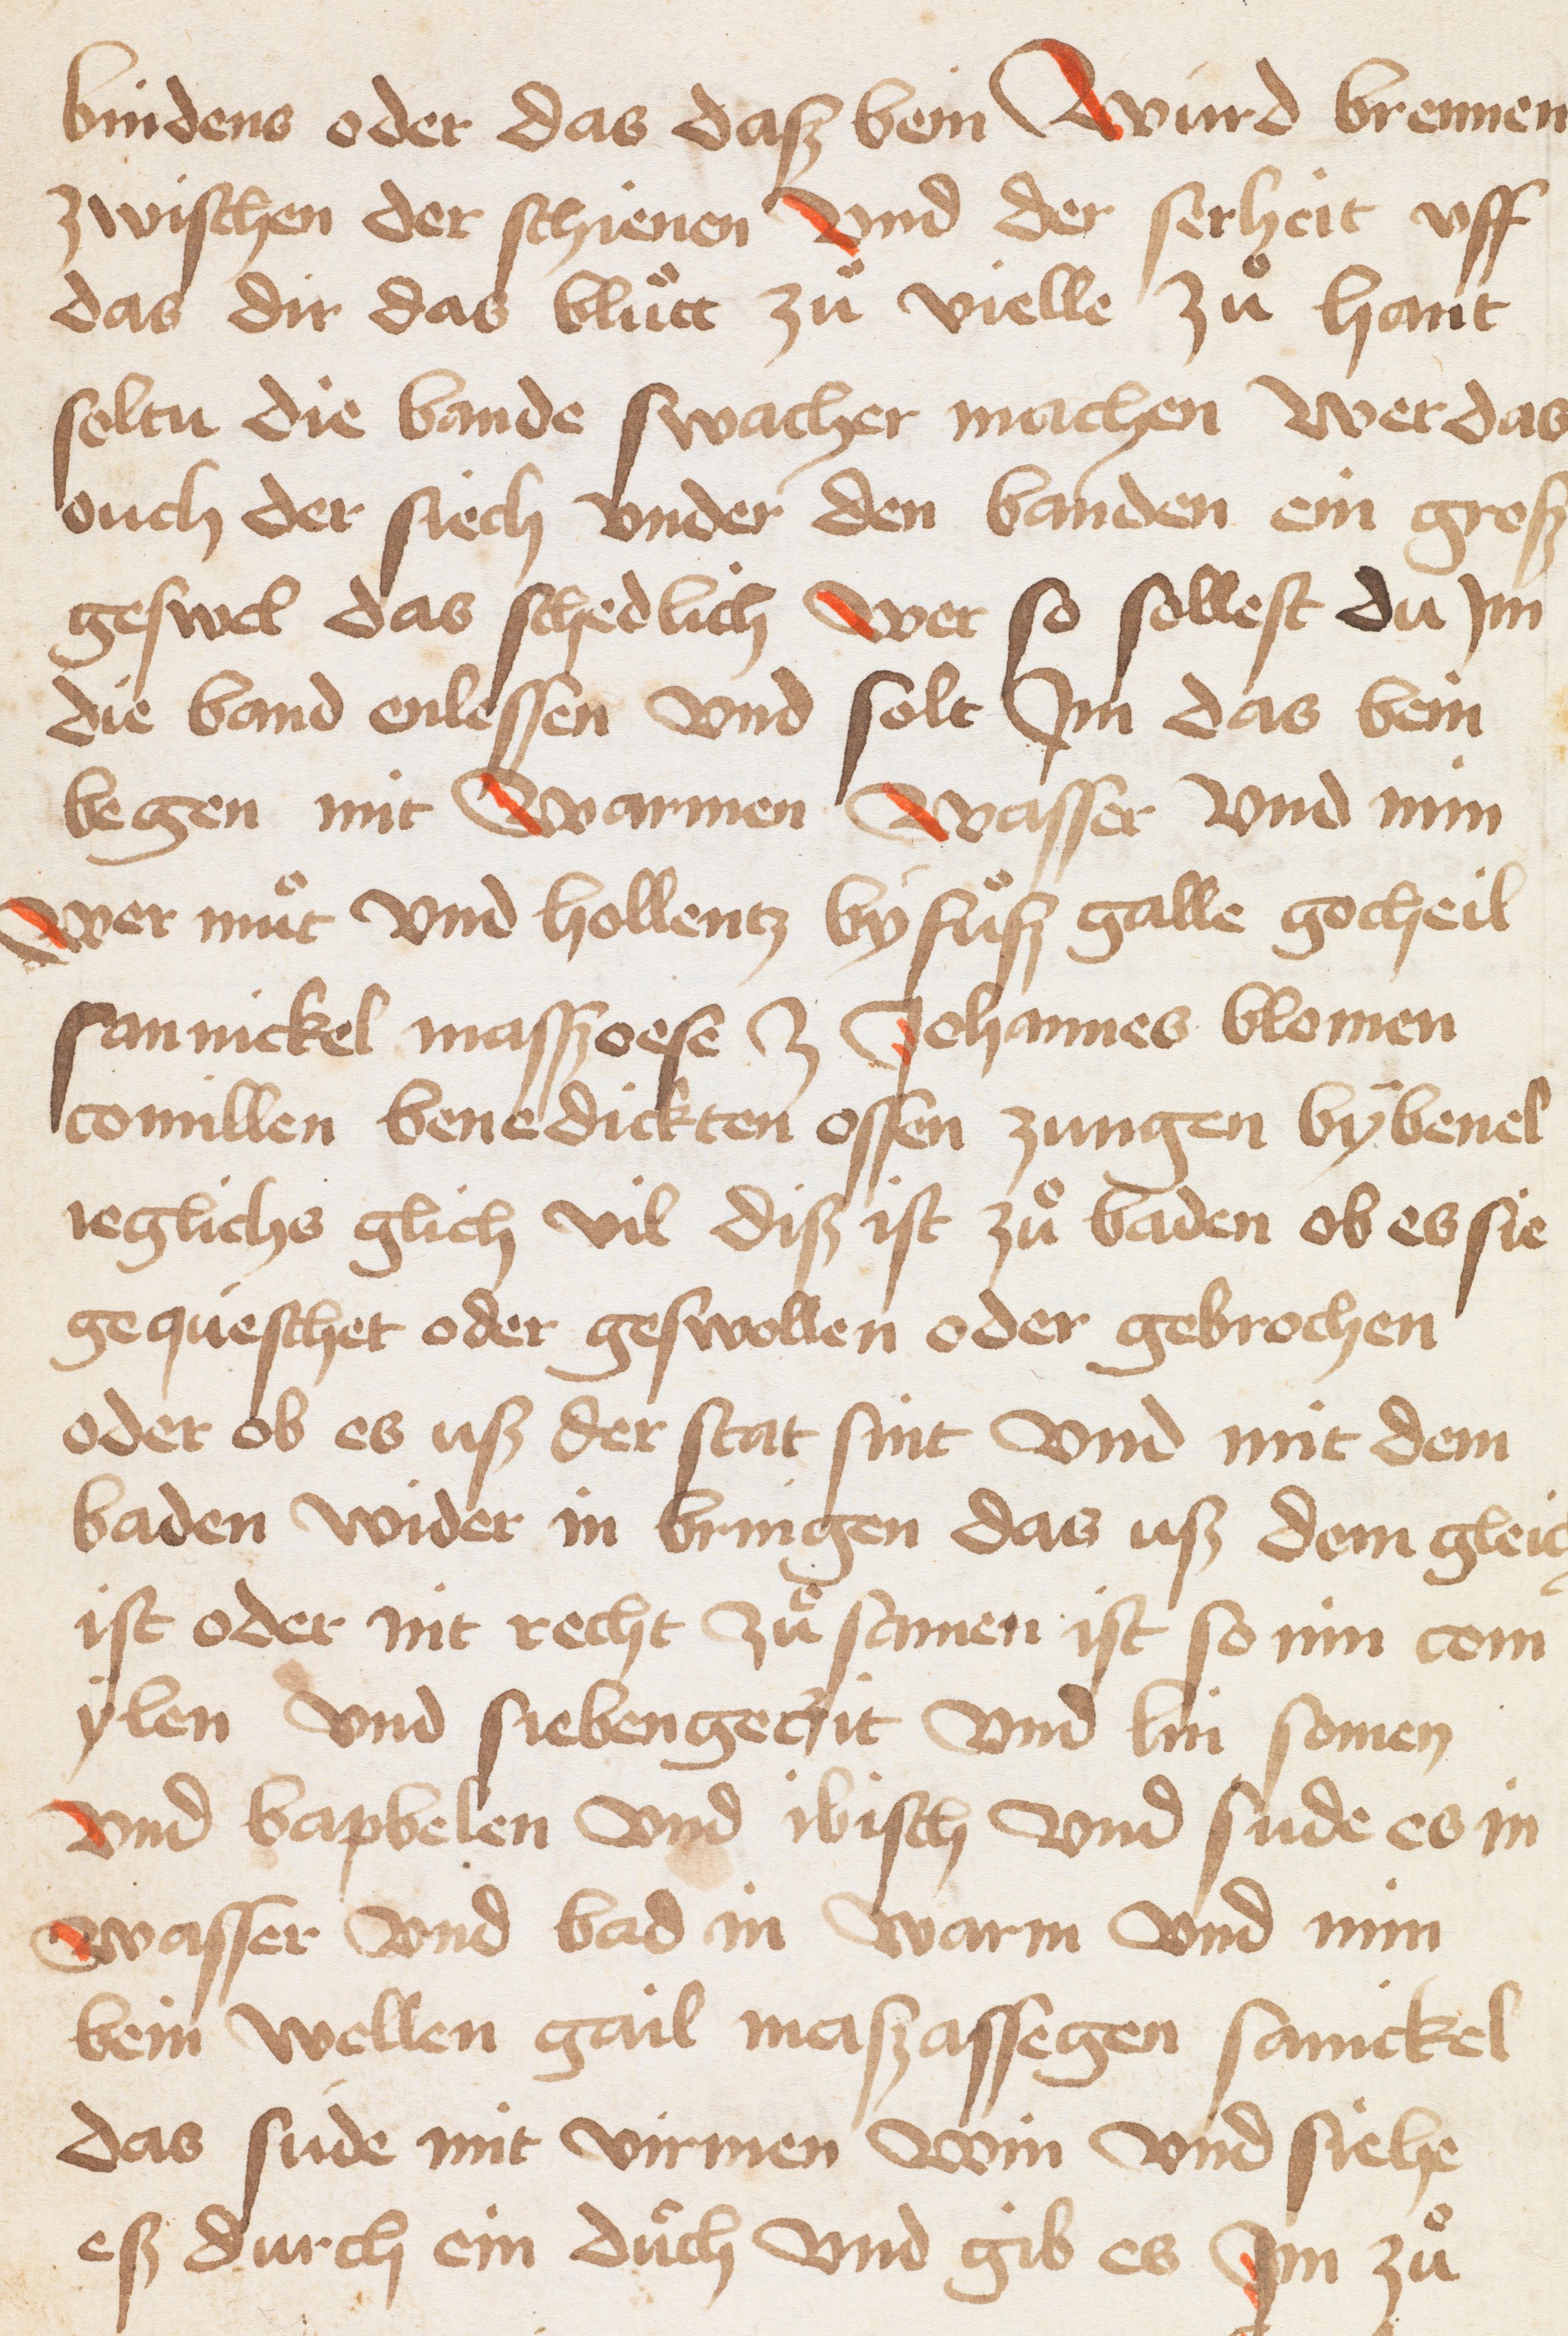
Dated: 1400–1599